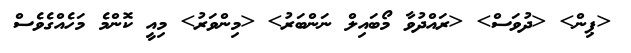
<ޕިން> <ދުވަސް> <ރައްދުވާ މޯބައިލް ނަންބަރު> <މިންވަރު> މިއީ ކޮންމެ މަހެއްގެވެސް